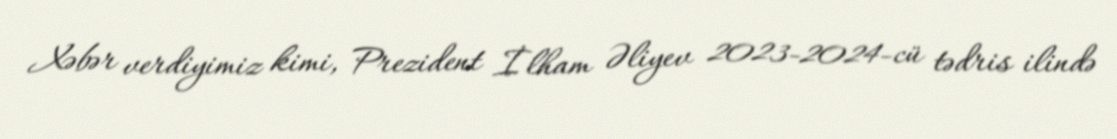
Xəbər verdiyimiz kimi, Prezident İlham Əliyev 2023-2024-cü tədris ilində